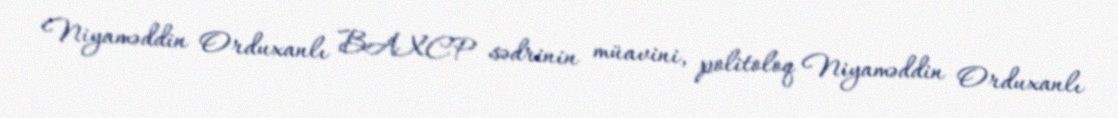
Niyaməddin Orduxanlı BAXCP sədrinin müavini, politoloq Niyaməddin Orduxanlı